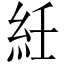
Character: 紝